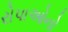
રોપાઓનો